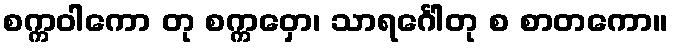
စက္ကဝါကော တု စက္ကဝှော၊ သာရင်္ဂေါတု စ စာတကော။